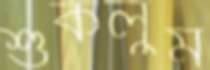
শুকলুম